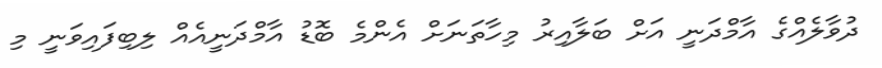
ދުވާލެއްގެ އާމްދަނީ އަށް ބަލާއިރު މިހާތަނަށް އެންމެ ބޮޑު އާމްދަނީއެއް ލިބިފައިވަނީ މި